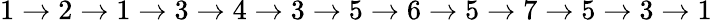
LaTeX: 1\rightarrow 2\rightarrow 1\rightarrow 3\rightarrow 4\rightarrow 3\rightarrow 5\rightarrow 6\rightarrow 5\rightarrow 7\rightarrow 5\rightarrow 3\rightarrow 1